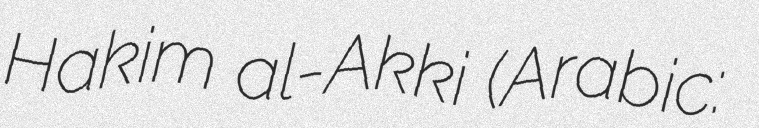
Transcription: Hakim al-Akki (Arabic: محمد